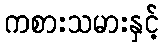
ကစားသမားနှင့်